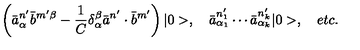
\left( \bar { a } _ { \alpha } ^ { n ^ { \prime } } \bar { b } ^ { m ^ { \prime } \beta } - \frac { 1 } { C } \delta _ { \alpha } ^ { \beta } \bar { a } ^ { n ^ { \prime } } \cdot \bar { b } ^ { m ^ { \prime } } \right) | 0 > , \quad \bar { a } _ { \alpha _ { 1 } } ^ { n _ { 1 } ^ { \prime } } \cdots \bar { a } _ { \alpha _ { k } } ^ { n _ { k } ^ { \prime } } | 0 > , \quad e t c .